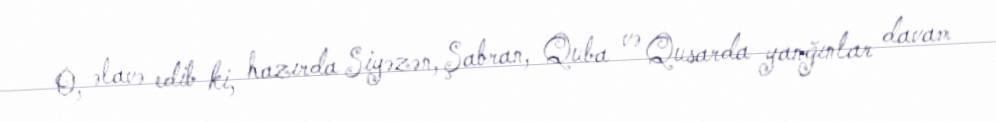
O, əlavə edib ki, hazırda Siyəzən, Şabran, Quba və Qusarda yanğınlar davam